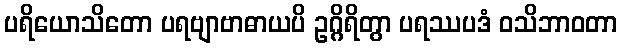
ပရိယောသိတော ပရဗျာဗာဓာယပိ ဥဂ္ဂိရိတွာ ပရဿပဒံ ဝသိဘာဝတာ